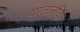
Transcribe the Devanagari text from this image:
यांतलीही